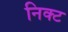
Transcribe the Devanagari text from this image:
निक्ट